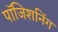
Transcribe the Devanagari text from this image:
पॉजिशनिंग